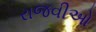
રાજવીઓ